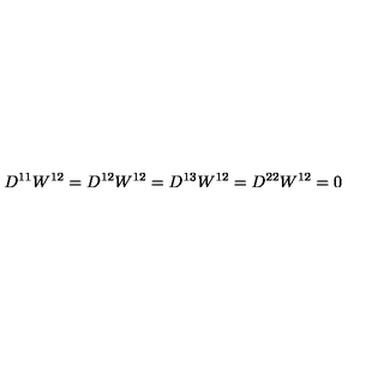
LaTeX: D ^ { 1 1 } W ^ { 1 2 } = D ^ { 1 2 } W ^ { 1 2 } = D ^ { 1 3 } W ^ { 1 2 } = D ^ { 2 2 } W ^ { 1 2 } = 0